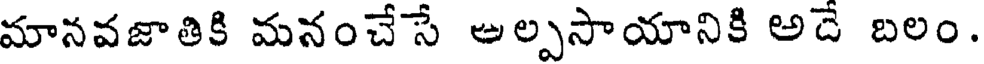
మానవజాతికి మనంచేసే అల్పసాయానికి అదే బలం.